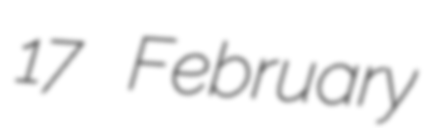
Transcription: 17 February